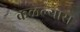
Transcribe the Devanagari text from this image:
कळल्यास